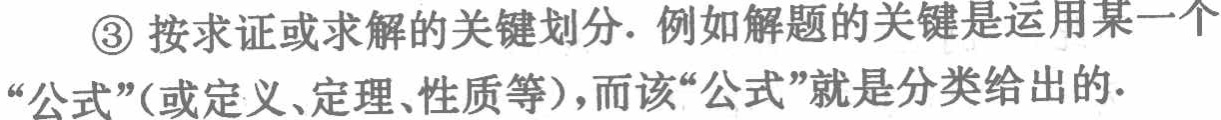
\textcircled{3} 按求证或求解的关键划分. 例如解题的关键是运用某一个“公式”(或定义、定理、性质等)，而该“公式”就是分类给出的.